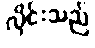
လိုင်းသည်